Indian journal of veterinary science and animal husbandry - Volume 10,
Year: 1940
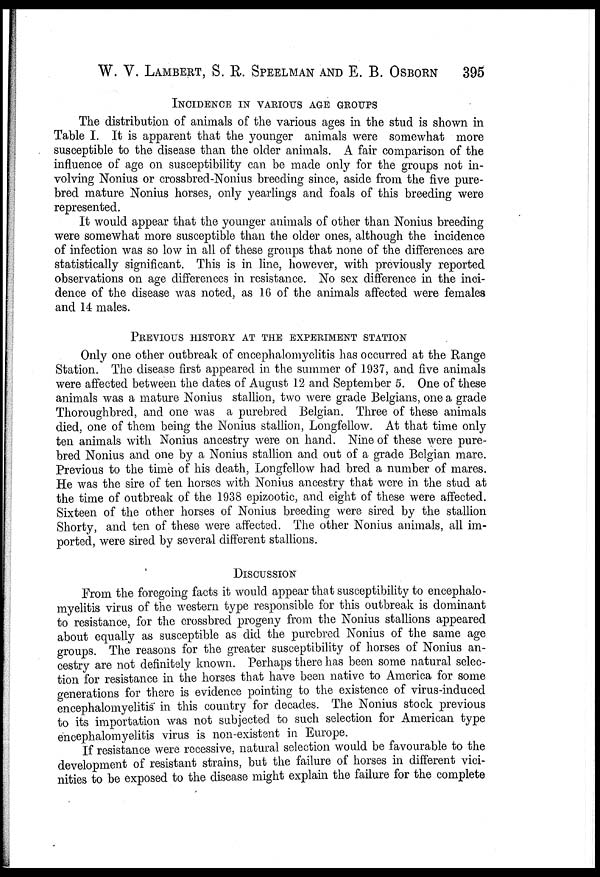
W. V. LAMBERT, S. R. SPEELMAN AND E. B. OSBORN 395
INCIDENCE IN VARIOUS AGE GROUPS
The distribution of animals of the various ages in the stud is shown in
Table I. It is apparent that the younger animals were somewhat more
susceptible to the disease than the older animals. A fair comparison of the
influence of age on susceptibility can be made only for the groups not in-
volving Nonius or crossbred-Nonius breeding since, aside from the five pure-
bred mature Nonius horses, only yearlings and foals of this breeding were
represented.
It would appear that the younger animals of other than Nonius breeding
were somewhat more susceptible than the older ones, although the incidence
of infection was so low in all of these groups that none of the differences are
statistically significant. This is in line, however, with previously reported
observations on age differences in resistance. No sex difference in the inci-
dence of the disease was noted, as 16 of the animals affected were females
and 14 males.
PREVIOUS HISTORY AT THE EXPERIMENT STATION
Only one other outbreak of encephalomyelitis has occurred at the Range
Station. The disease first appeared in the summer of 1937, and five animals
were affected between the dates of August 12 and September 5. One of these
animals was a mature Nonius stallion, two were grade Belgians, one a grade
Thoroughbred, and one was a purebred Belgian. Three of these animals
died, one of them being the Nonius stallion, Longfellow. At that time only
ten animals with Nonius ancestry were on hand. Nine of these were pure-
bred Nonius and one by a Nonius stallion and out of a grade Belgian mare.
Previous to the time of his death, Longfellow had bred a number of mares.
He was the sire of ten horses with Nonius ancestry that were in the stud at
the time of outbreak of the 1938 epizootic, and eight of these were affected.
Sixteen of the other horses of Nonius breeding were sired by the stallion
Shorty, and ten of these were affected. The other Nonius animals, all im-
ported, were sired by several different stallions.
DISCUSSION
From the foregoing facts it would appear that susceptibility to encephalo-
myelitis virus of the western type responsible for this outbreak is dominant
to resistance, for the crossbred progeny from the Nonius stallions appeared
about equally as susceptible as did the purebred Nonius of the same age
groups. The reasons for the greater susceptibility of horses of Nonius an-
cestry are not definitely known. Perhaps there has been some natural selec-
tion for resistance in the horses that have been native to America for some
generations for there is evidence pointing to the existence of virus-induced
encephalomyelitis in this country for decades. The Nonius stock previous
to its importation was not subjected to such selection for American type
encephalomyelitis virus is non-existent in Europe.
If resistance were recessive, natural selection would be favourable to the
development of resistant strains, but the failure of horses in different vici-
nities to be exposed to the disease might explain the failure for the complete